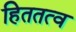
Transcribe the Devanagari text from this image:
हिततत्व